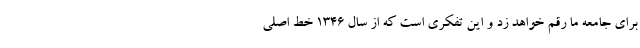
برای جامعه ما رقم خواهد زد و این تفکری است که از سال ۱۳۴۶ خط اصلی